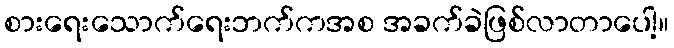
စားရေးသောက်ရေးဘက်ကအစ အခက်ခဲဖြစ်လာတာပေါ့။